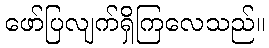
ဖော်ပြလျက်ရှိကြလေသည်။